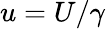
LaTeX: u=U/\gamma